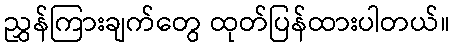
ညွှန်ကြားချက်တွေ ထုတ်ပြန်ထားပါတယ်။